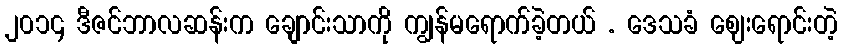
၂၀၁၄ ဒီဇင်ဘာလဆန်းက ချောင်းသာကို ကျွန်မရောက်ခဲ့တယ် . ဒေသခံ ဈေးရောင်းတဲ့